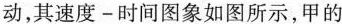
动，其速度-时间图象如图所示，甲的